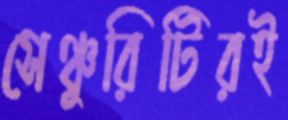
সেঞ্চুরিটিরই